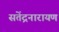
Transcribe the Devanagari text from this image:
सतेंद्रनारायण